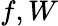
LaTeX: f,W